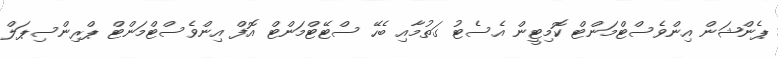
ޕެންޝަން އިންވެސްޓްމަންޓް ކޮމިޓީން އެސެޓު ގަތުމާއި ބެހޭ ސްޓޭޓްމަންޓް އޮފް އިންވެސްޓްމަންޓް ޕްރިންސިޕަލް